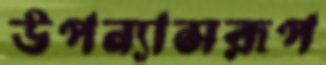
উপন্যাসরূপ